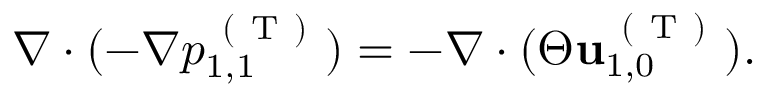
\begin{array} { r } { \nabla \cdot ( - \nabla p _ { 1 , 1 } ^ { \mathrm { ~ ( ~ T ~ ) ~ } } ) = - \nabla \cdot ( \Theta \mathbf { u } _ { 1 , 0 } ^ { \mathrm { ~ ( ~ T ~ ) ~ } } ) . } \end{array}